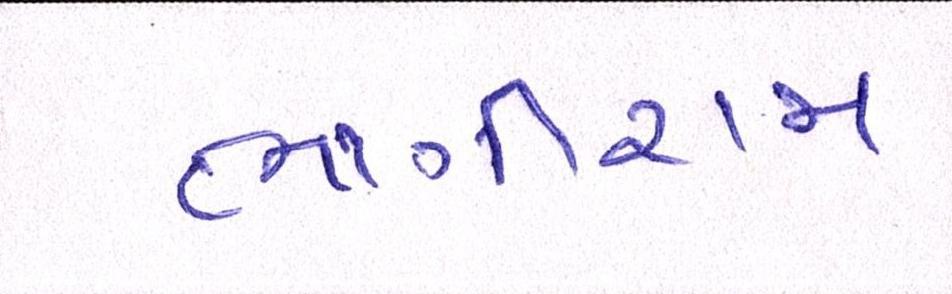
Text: ભાગીરામ